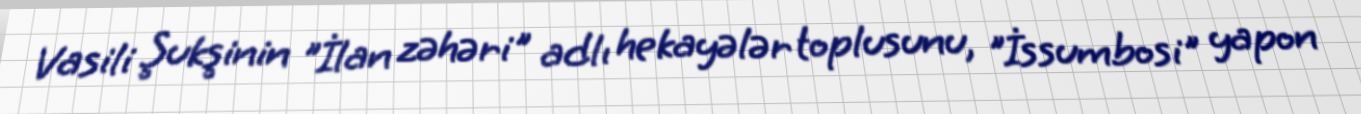
Vasili Şukşinin "İlan zəhəri" adlı hekayələr toplusunu, "İssumbosi" yapon